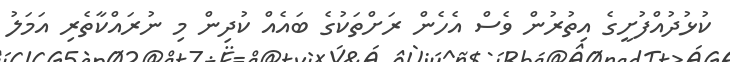
ކުޅުދުއްފުށީގެ އިތުރުން ވެސް އެހެން ރަށްތަކުގެ ބައެއް ކުދިން މި ނުރައްކާތެރި އަމަލު